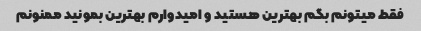
فقط میتونم بگم بهترین هستید و امیدوارم بهترین بمونید ممنونم